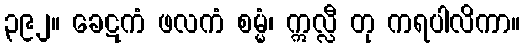
၃၉၂။ ခေဋကံ ဖလကံ စမ္မံ၊ ဣလ္လီ တု ကရပါလိကာ။